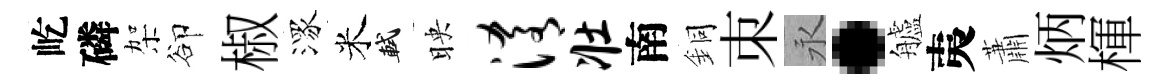
屹磷架卻椒潈米軾映淆壮南銅朿永·艫夷蕭炳楎